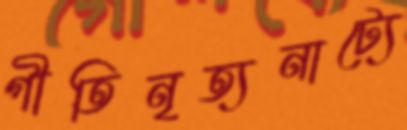
গীতিনৃত্যনাট্যে